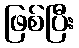
ဖြစ်ပြီး